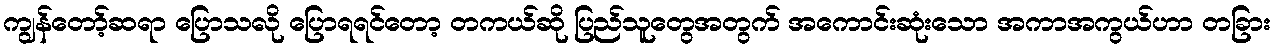
ကျွန်တော့်ဆရာ ပြောသလို ပြောရရင်တော့ တကယ်ဆို ပြည်သူတွေအတွက် အကောင်းဆုံးသော အကာအကွယ်ဟာ တခြား